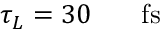
\tau _ { L } = 3 0 \ensuremath { \mathrm { ~ \textrm ~ { ~ \, ~ } ~ } } \ensuremath { \mathrm { f s } }